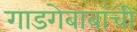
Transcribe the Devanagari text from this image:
गाडगेबाबांची